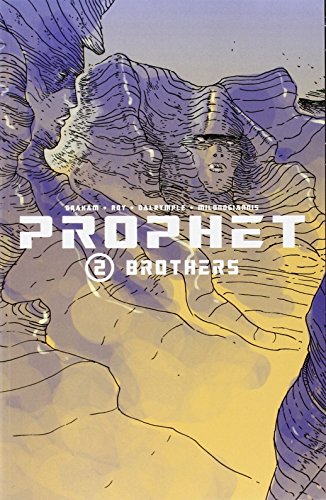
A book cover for Prophet Volume 2: Brothers TP; Brandon Graham; Science Fiction & Fantasy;